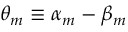
\theta _ { m } \equiv \alpha _ { m } - \beta _ { m }